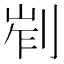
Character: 𠜿